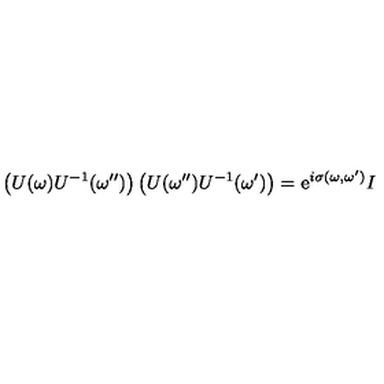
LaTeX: \left( U ( \omega ) U ^ { - 1 } ( \omega ^ { \prime \prime } ) \right) \left( U ( \omega ^ { \prime \prime } ) U ^ { - 1 } ( \omega ^ { \prime } ) \right) = \mathrm { e } ^ { i \sigma ( \omega , \omega ^ { \prime } ) } I